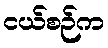
ငယ်စဉ်က